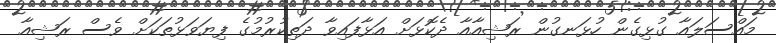
މައްސަލައާ ގުޅިގެން ހުޅަނގުން ރަޝިއާއާ ދެކޮޅަށް އަޅާފައިވާ ދަތިކުރުމުގެ ފިޔަވަޅުތަކަށް ވެސް ރަޝިއާ